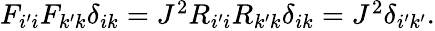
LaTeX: \begin{array}{r}{F_{i^{\prime}i}F_{k^{\prime}k}\delta_{ik}=J^{2}R_{i^{\prime}i}R_{k^{\prime}k}\delta_{ik}=J^{2}\delta_{i^{\prime}k^{\prime}}.}\end{array}